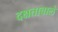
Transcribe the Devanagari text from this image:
दक्षतावाले